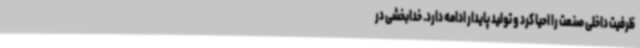
ظرفیت داخلی صنعت را احیا کرد و تولید پایدار ادامه دارد. خدابخشی در